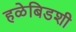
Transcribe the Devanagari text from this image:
हळेबिडशी